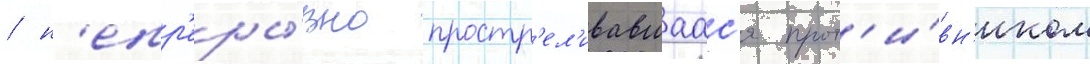
/ н'епр'еры́вно простр'ел'ивавшаас'я прот'и́вн'иком